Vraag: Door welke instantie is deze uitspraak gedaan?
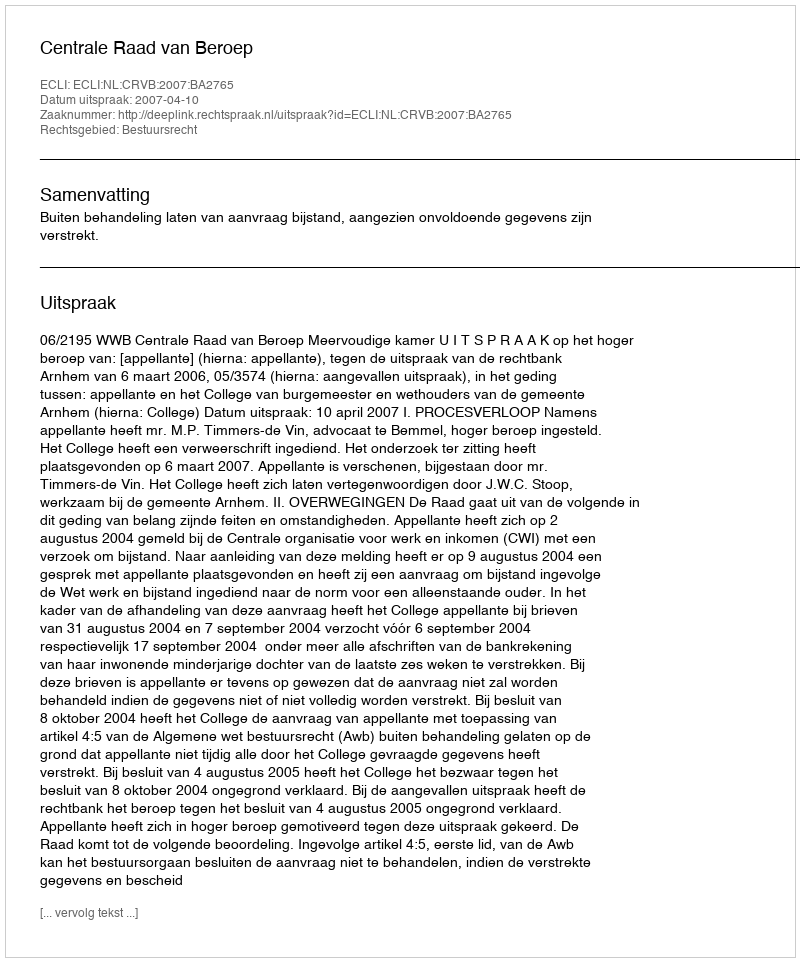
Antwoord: Centrale Raad van Beroep